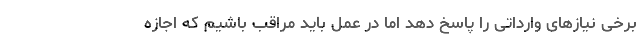
برخی نیازهای وارداتی را پاسخ دهد اما در عمل باید مراقب باشیم که اجازه